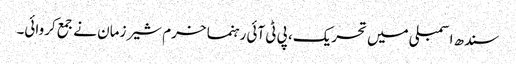
سندھ اسمبلی میں تحریک، پی ٹی آئی رہنما خرم شیر زمان نے جمع کروائی۔